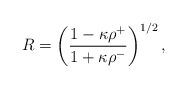
LaTeX: \begin{align*}R = \left({1 - \kappa \rho^+\over 1 + \kappa \rho^-}\right)^{1/2},\end{align*}